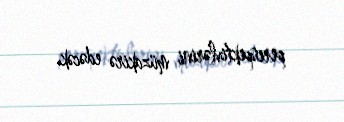
perespektivlərini müzakirə edəcək.